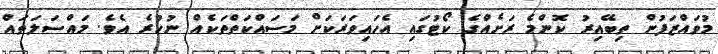
މުވައްޒަފުން ތިބޭއިރު ކޮންމެ ރަށެއްގެ ކޯޓުގައި އެހައިވަރަކަށް މަސައްކަތްތަކެއް ނުހުރެ އެވެ. މައްސަލަތައް